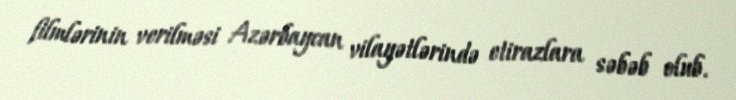
filmlərinin verilməsi Azərbaycan vilayətlərində etirazlara səbəb olub.